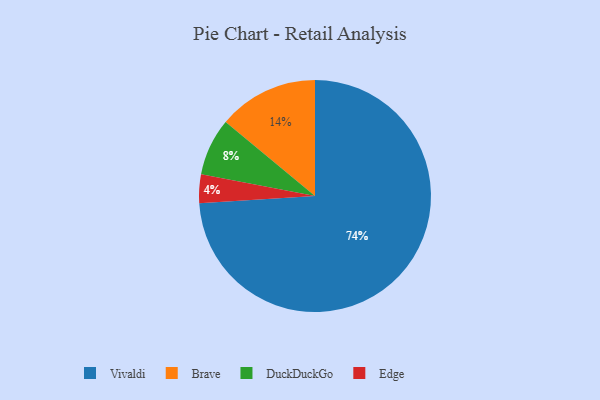
{"axis": {"x": "Category", "y": "Percentage"}, "legend": ["Brave", "DuckDuckGo", "Edge", "Vivaldi"], "data": [{"x": "Brave", "y": 14, "type": "Brave"}, {"x": "DuckDuckGo", "y": 8, "type": "DuckDuckGo"}, {"x": "Vivaldi", "y": 74, "type": "Vivaldi"}, {"x": "Edge", "y": 4, "type": "Edge"}]}